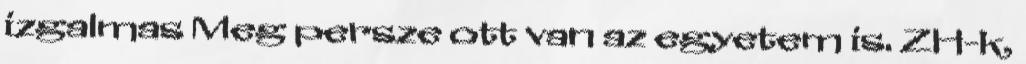
izgalmas Meg persze ott van az egyetem is. ZH-k,